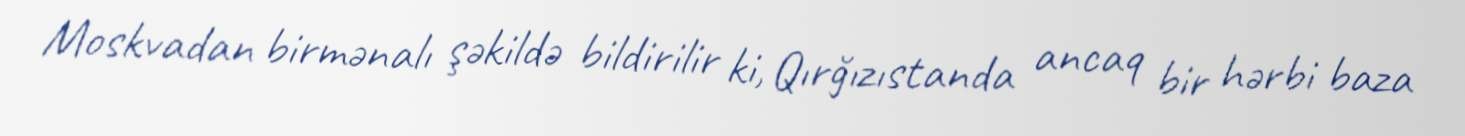
Moskvadan birmənalı şəkildə bildirilir ki, Qırğızıstanda ancaq bir hərbi baza